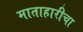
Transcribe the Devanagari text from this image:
माताहारीचा